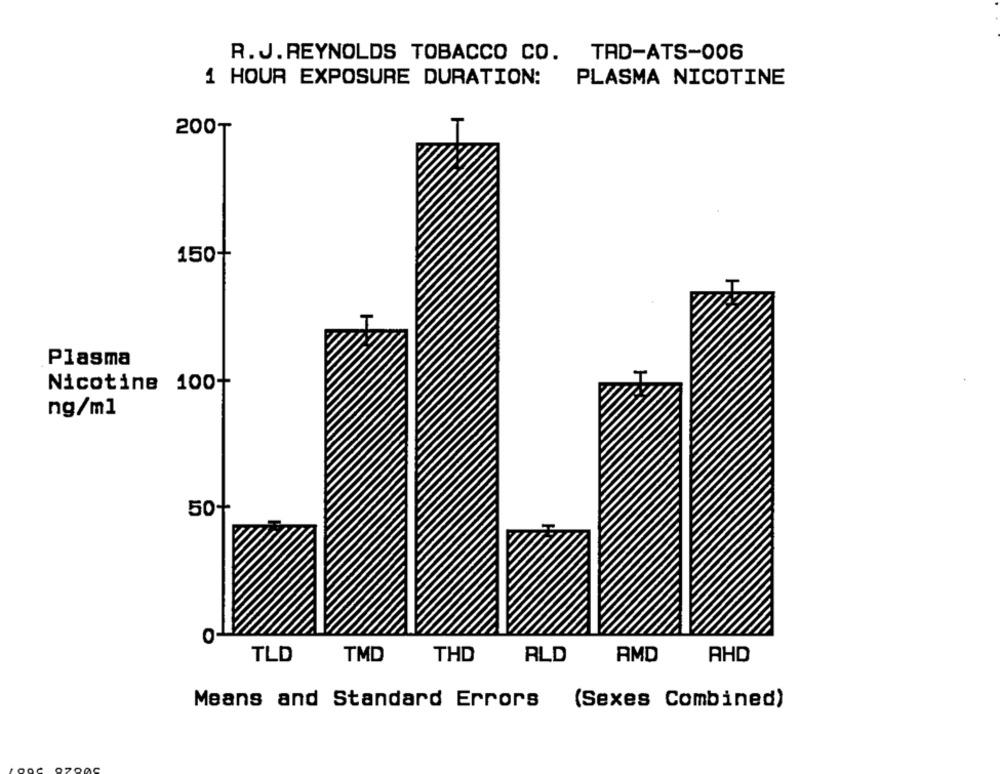
R. J.REYNOLDS TOBACCO CO. TAD-ATS-006
1 HOUR EXPOSURE DURATION:
PLASMA NICOTINE
200₸
150+
Plasma
Nicotine 100+
ng/ml
50+
O
TLD
TMD
THD
RLD
AMD
AHD
Means and Standard Errors
(Sexes Combined)